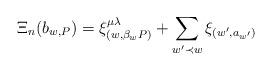
LaTeX: \begin{align*}\Xi_n(b_{w,P}) = \xi^{\mu\lambda}_{(w,\beta_w P)} + \sum_{w'\prec w} \xi_{(w',a_{w'})}\end{align*}